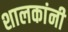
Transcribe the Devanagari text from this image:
शालकांनी